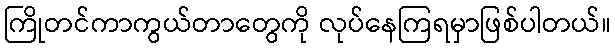
ကြိုတင်ကာကွယ်တာတွေကို လုပ်နေကြရမှာဖြစ်ပါတယ်။